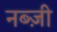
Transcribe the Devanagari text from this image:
नब्ज़ी